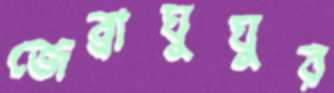
জেব্রাঘুঘুর